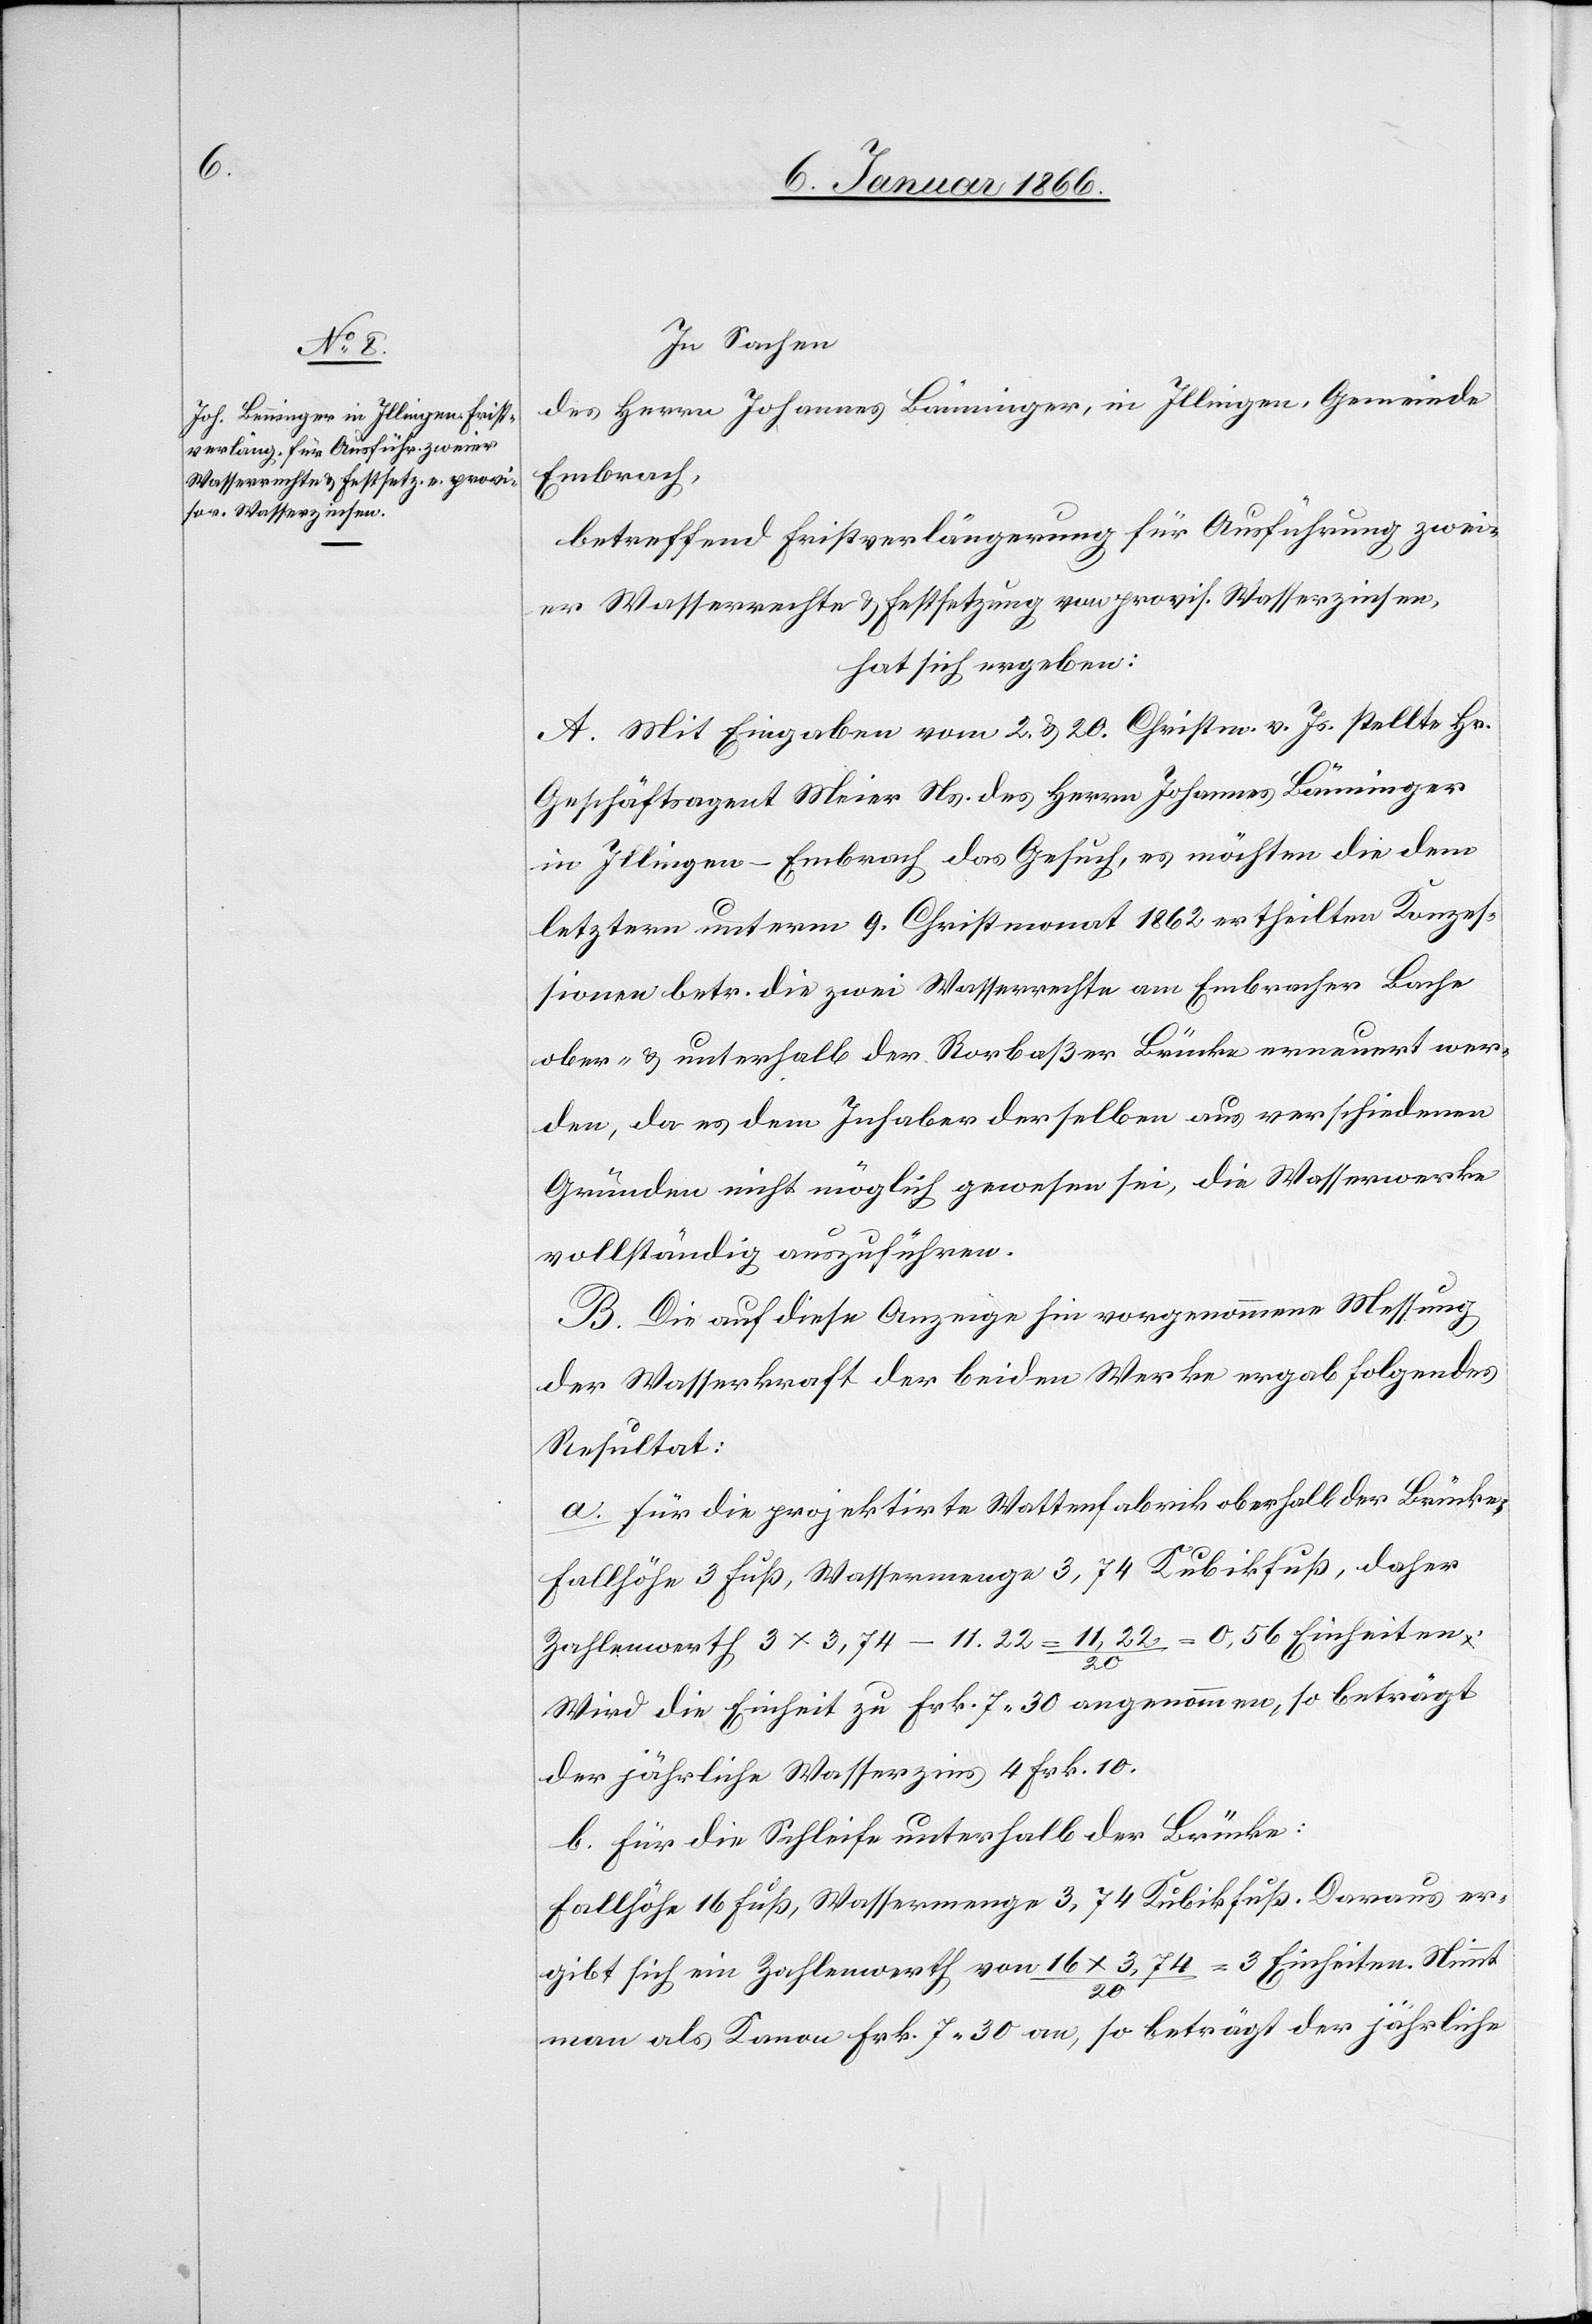
In Sachen
des Herrn Johannes Bänninger [sic!], in Illingen, Gemeinde
Embrach,
betreffend Fristverlängerung für Ausführung zwei¬
er Wasserrechte u. Festsetzung von provis. Wasserzinsen,
hat sich ergeben:
A. Mit Eingabe vom 2. u. 20. Christm. v. Js. stellte Hr.
Geschäftsagent Meier Ns. des Herrn Johannes Bänninger
in Illingen - Embrach das Gesuch, es möchten die dem
letztern unterm 9. Christmonat 1862 ertheilten Konzes¬
sionen betr. die zwei Wasserrechte am Embracher Bache
ober- u. unterhalb der Rorbaßer Brücke erneuert wer¬
den, da es dem Inhaber derselben aus verschiedenen
Gründen nicht möglich gewesen sei, die Wasserwerke
vollständig auszuführen.
B. Die auf diese Anzeige hin vorgenommene Messung
der Wasserkraft der beiden Werke ergab folgendes
Resultat:
a. Für die projektirte Wasserfabrik oberhalb der Brücke:
Fallhöhe 3 Fuß, Wassermenge 3,74 Kubikfuß, daher
Zahlenwerth 3 x 3,74 – 11.22 = 11,22 / 20 = 0,56 Einheiten.
Wird die Einheit zu Frk. 7 30 angenommen, so beträgt
der jährliche Wasserzins 4 Frk. 10.
b. Für die Schleife unterhalb der Brücke:
Fallhöhe 16 Fuß, Wassermenge 3,74 Kubikfuß. Daraus er¬
gibt sich ein Zahlenwerth von 16 x 3,74 / 20 = 3 Einheiten. Nimmt
man als Kanon Frk. 7 30 an, so beträgt der jährliche